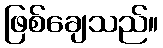
ဖြစ်ချေသည်။